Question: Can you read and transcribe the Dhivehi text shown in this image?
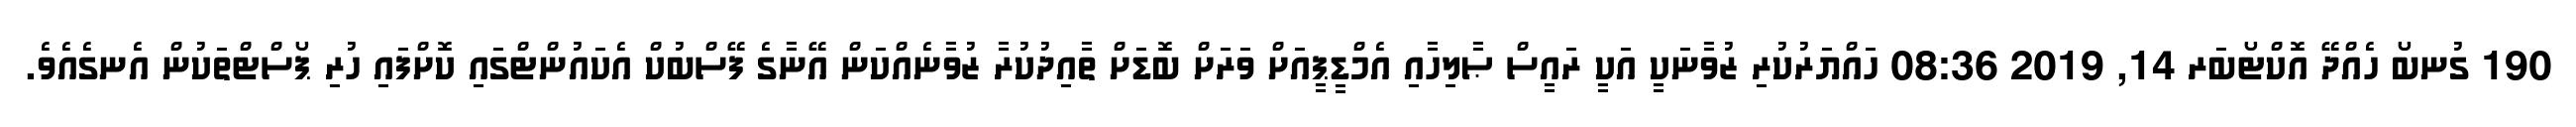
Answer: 190 ގުނބޯ ހެއްދޭ އޮކްޓޯބަރ 14, 2019 08:36 ހައްޔަރުކުރި ޒުވާނަކީ އަކީ ރައީސް ޞާލިހާއި އެމްޑީޕީއަށް ވަރަށް ބޮޑަށް ތާއިދުކުރާ ޒުވާނެއްކަން އޭނާގެ ފޭސްބުކް އެކައުންޓްގައި ކޮށްފައި ހުރި ޕޯސްޓްތަކުން އެނގެއެވެ.